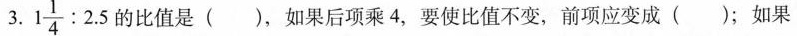
3. 1 \frac{1}{4} : 2.5 的比值是()，如果后项乘4，要使比值不变，前项应变成()；